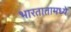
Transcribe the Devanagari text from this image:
भारतातामध्ये